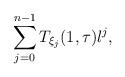
LaTeX: \begin{align*}\sum_{j=0}^{n-1}T_{\xi_j}(1,\tau)\l^j,\end{align*}